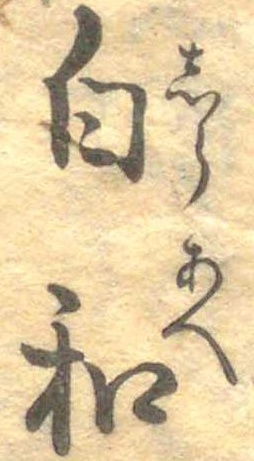
白和